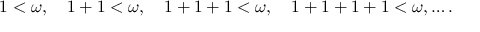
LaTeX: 1 < \omega , \quad 1 + 1 < \omega , \quad 1 + 1 + 1 < \omega , \quad 1 + 1 + 1 + 1 < \omega , \ldots .